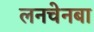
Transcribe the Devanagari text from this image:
लनचेनबा